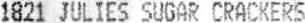
1821 JULIES SUGAR CRACKERS